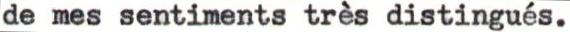
de mes sentiments très distingués.